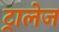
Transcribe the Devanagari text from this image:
ट्रालेज